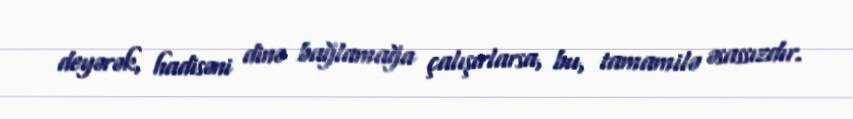
deyərək, hadisəni dinə bağlamağa çalışırlarsa, bu, tamamilə əsassızdır.